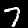
Digit: 7